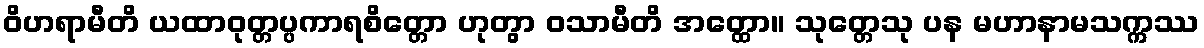
ဝိဟရာမီတိ ယထာဝုတ္တပ္ပကာရစိတ္တော ဟုတွာ ဝသာမီတိ အတ္ထော။ သုတ္တေသု ပန မဟာနာမသက္ကဿ